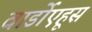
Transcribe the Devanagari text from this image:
वार्डोएहूस